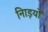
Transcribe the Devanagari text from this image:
नािड़यों